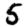
Digit: 5